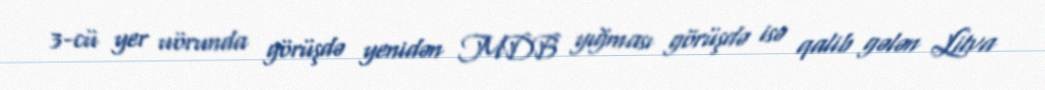
3-cü yer uörunda görüşdə yenidən MDB yığması görüşdə isə qalib gələn Litva